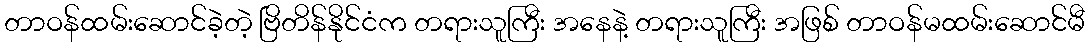
တာဝန်ထမ်းဆောင်ခဲ့တဲ့ ဗြိတိန်နိုင်ငံက တရားသူကြီး အနေနဲ့ တရားသူကြီး အဖြစ် တာဝန်မထမ်းဆောင်မီ